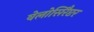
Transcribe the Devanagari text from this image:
वेलोसिरैप्टर